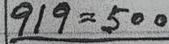
919 = 500